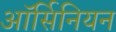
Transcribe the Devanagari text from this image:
ऑर्सिनियन